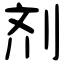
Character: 剂